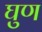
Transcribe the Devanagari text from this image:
घुण